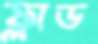
ফ্লাড